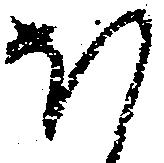
ほ